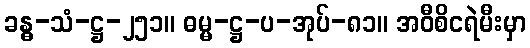
ခန္ဓ-သံ-ဋ္ဌ-၂၅၁။ ဓမ္မ-ဋ္ဌ-ပ-အုပ်-၈၁။ အဝီစိငရဲမီးမှာ